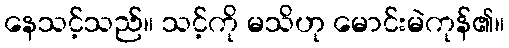
နေသင့်သည်။ သင့်ကို မသိဟု မောင်းမဲကုန်၏။